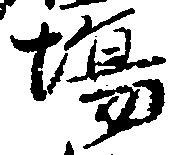
場